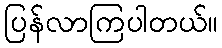
ပြန်လာကြပါတယ်။